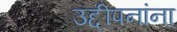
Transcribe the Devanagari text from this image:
उद्दीपनांना